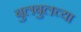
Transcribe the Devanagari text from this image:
बुलबुलच्या